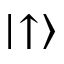
| \negmedspace \uparrow \rangle